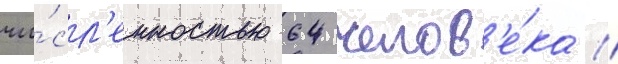
чи́сл'енностью 64 челов'е́ка //